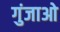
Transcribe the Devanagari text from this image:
गुंजाओ